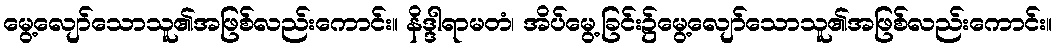
မွေ့လျော်သောသူ၏အဖြစ်လည်းကောင်း။ နိဒ္ဒါရာမတံ၊ အိပ်မွေ့ခြင်း၌မွေ့လျော်သောသူ၏အဖြစ်လည်းကောင်း။